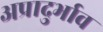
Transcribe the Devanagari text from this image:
अप्रादुर्भाव